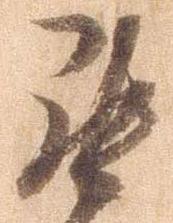
罷